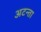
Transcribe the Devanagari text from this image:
अटन्ता